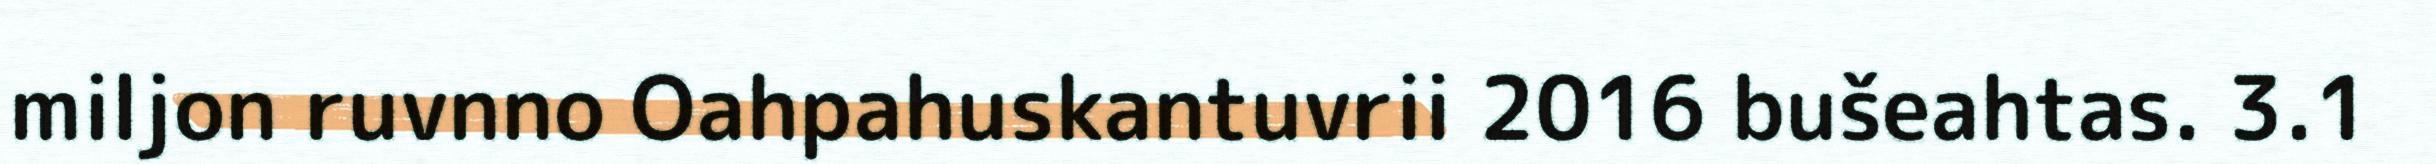
miljon ruvnno Oahpahuskantuvrii 2016 bušeahtas. 3.1